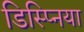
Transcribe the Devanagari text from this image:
डिस्प्निया